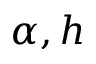
\alpha , h